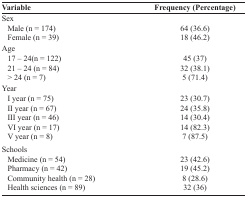
| Variable | Frequency (Percentage) |
 | --- | --- |
 | Sex |  |
 | Male (n = 174) | 64 (36.6) |
 | Female (n = 39) | 18 (46.2) |
 | Age |  |
 | 17 – 24(n = 122) | 45 (37) |
 | 21 – 24 (n = 84) | 32 (38.1) |
 | > 24 (n = 7) | 5 (71.4) |
 | Year |  |
 | I year (n = 75) | 23 (30.7) |
 | II year (n = 67) | 24 (35.8) |
 | III year (n = 46) | 14 (30.4) |
 | VI year (n = 17) | 14 (82.3) |
 | V year (n = 8) | 7 (87.5) |
 | Schools |  |
 | Medicine (n = 54) | 23 (42.6) |
 | Pharmacy (n = 42) | 19 (45.2) |
 | Community health (n = 28) | 8 (28.6) |
 | Health sciences (n = 89) | 32 (36) |